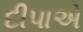
દીપાએ